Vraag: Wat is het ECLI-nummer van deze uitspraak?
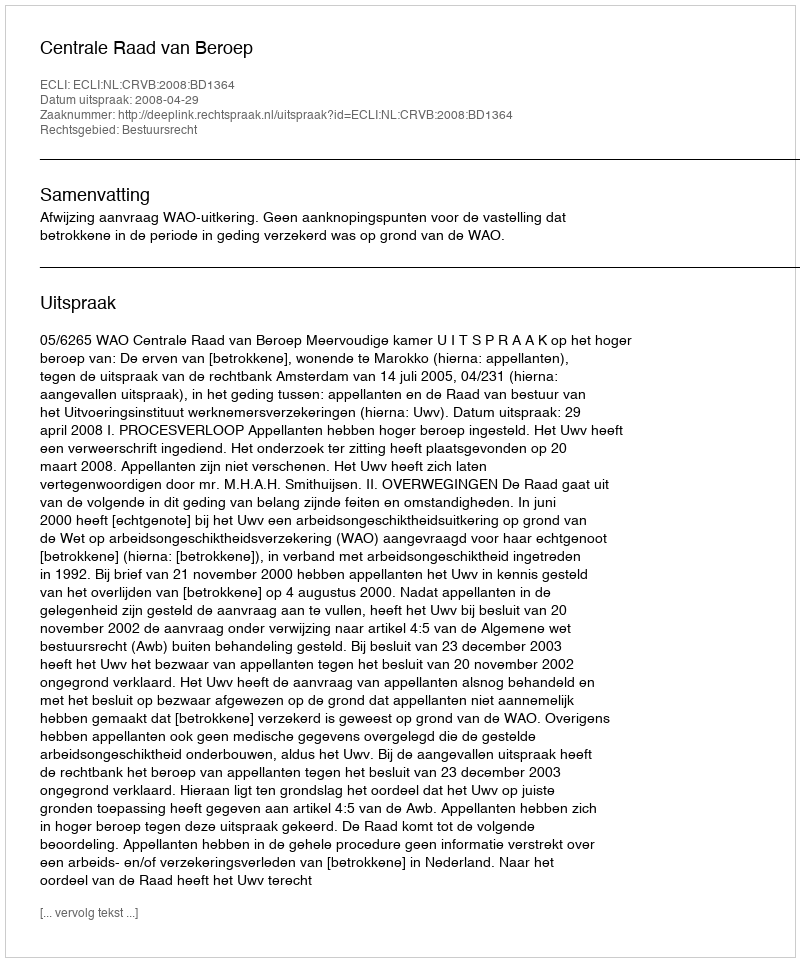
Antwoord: ECLI:NL:CRVB:2008:BD1364